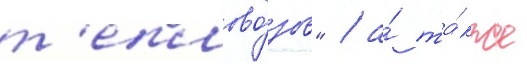
т'еплово́зов" / а́ та́кже